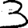
Digit: 3